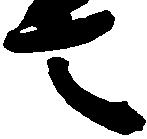
言